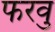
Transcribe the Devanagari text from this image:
फरवु